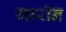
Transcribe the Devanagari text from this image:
गारॉन